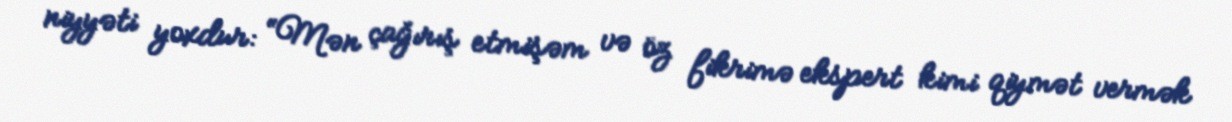
niyyəti yoxdur: “Mən çağırış etmişəm və öz fikrimə ekspert kimi qiymət vermək